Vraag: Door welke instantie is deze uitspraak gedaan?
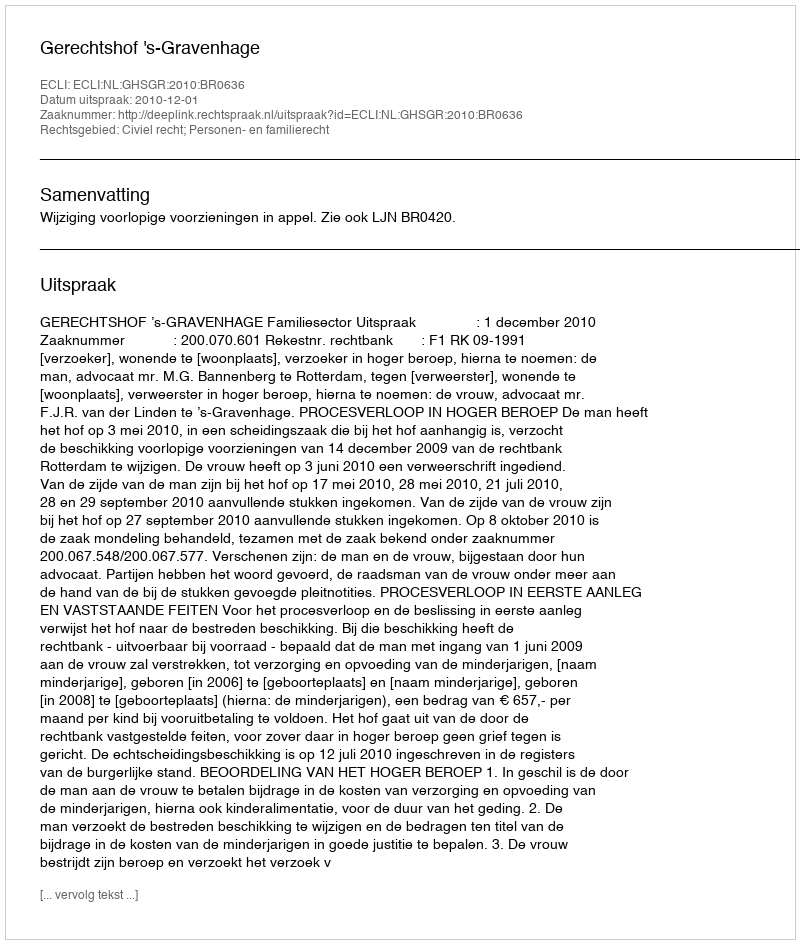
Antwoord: Gerechtshof 's-Gravenhage